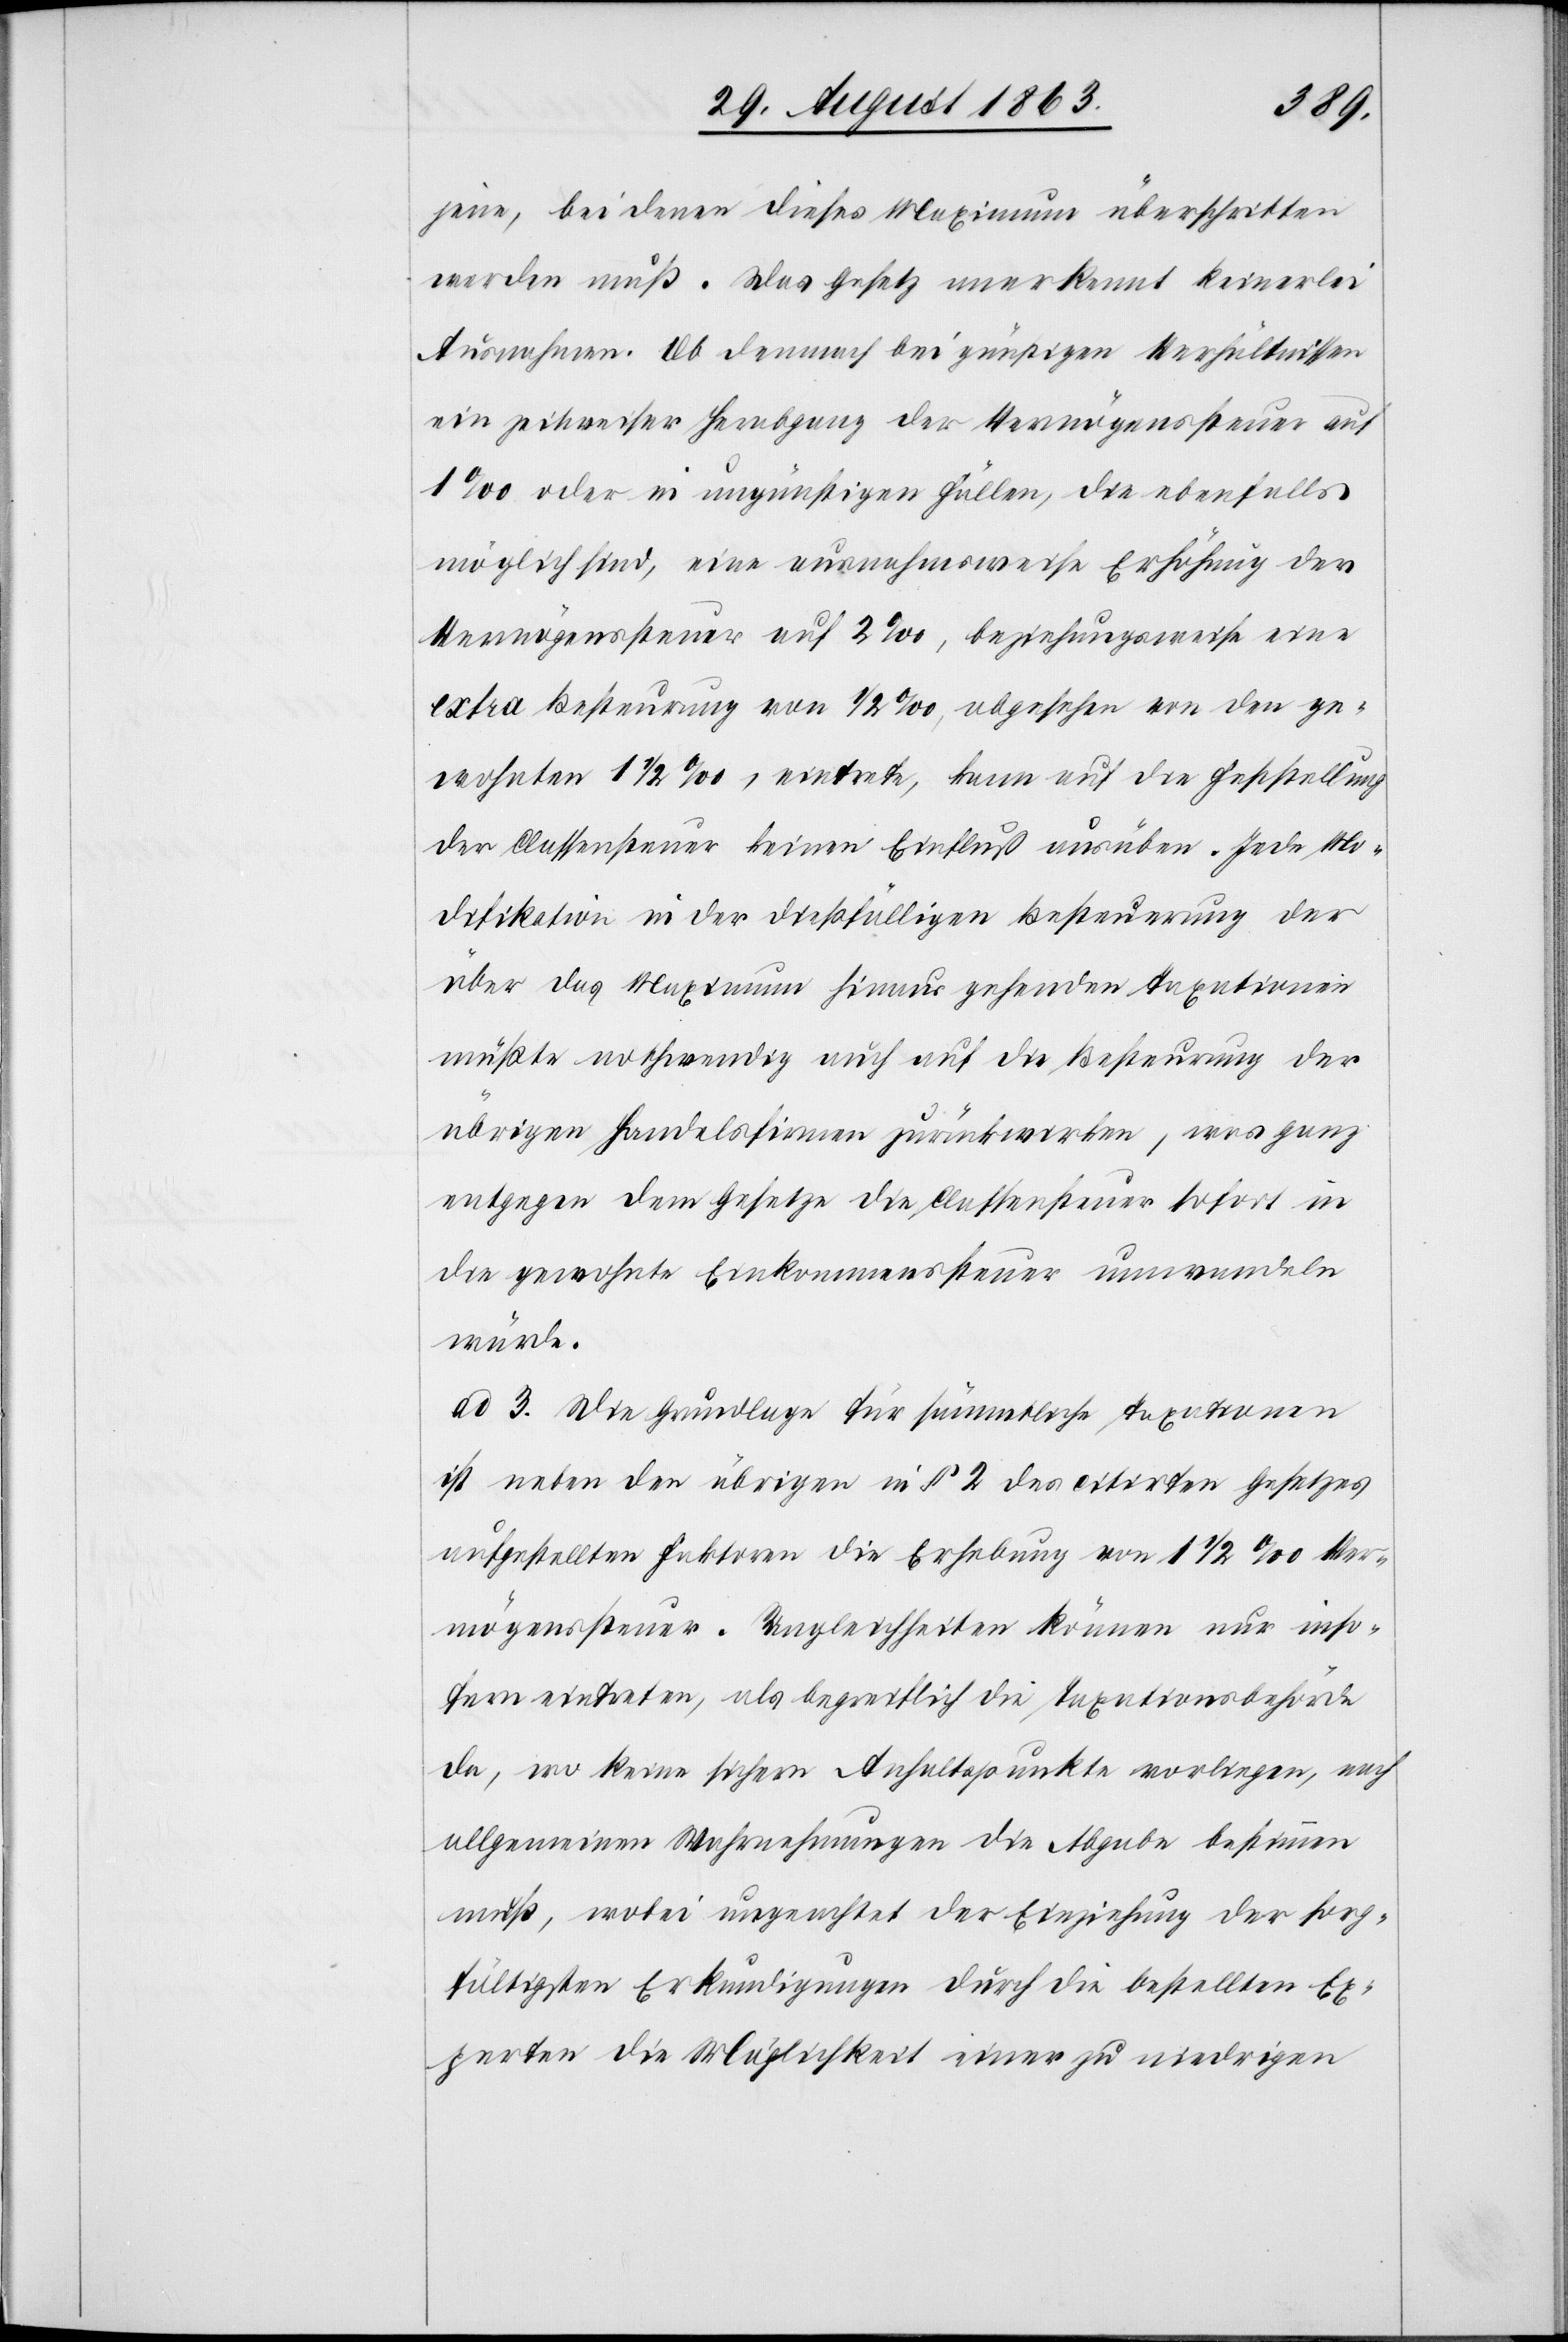
jene, bei denen dieses Maximum überschritten
werden muß. Das Gesetz anerkennt keinerlei
Ausnahmen. Ob demnach bei günstigen Verhältnissen
ein zeitweiser Herabgang der Vermögenssteuer auf
1‰ oder in ungünstigen Fällen, die ebenfalls
möglich sind, eine ausnahmsweise Erhöhung der
Vermögenssteuer auf 2‰, beziehungsweise eine
extra Besteurung von 1/2‰, eintrete, kann auf die
der Classensteuer keinen Einfluß ausüben. Jede Mo¬
difikation in der dießfälligen Besteuerung der
über das Maximum hinaus gehenden Taxationen
müßte nothwendig auch auf die Besteurung der
übrigen Handelsfirmen zurückwirken, was ganz
entgegen dem Gesetze die Classensteuer sofort in
die gewohnte Einkommenssteuer umwandeln
würde.
ad 3. Die Grundlage für sämmtliche Taxationen
ist neben den übrigen in § 2 des citirten Gesetzes
aufgestellten Faktoren die Erhebung von 1 1/2 ‰ Ver¬
mögenssteuer. Ungleichheiten können nur inso¬
fern eintreten, als begreiflich die Taxationsbehörde
da, wo keine sichern Anhaltspunkte vorliegen, nach
allgemeinen Wahrnehmungen die Abgabe bestimmen
muß, wobei ungeachtet der Einziehung der sorg¬
fältigsten Erkundigungen durch die bestellten Ex¬
perten die Möglichkeit einer zu niedrigen